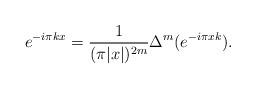
LaTeX: \begin{align*} e^{-i \pi k x}= \frac{1}{(\pi|x|)^{2m}} \Delta^m (e^{- i\pi x k}).\end{align*}